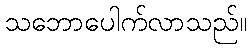
သဘောပေါက်လာသည်။